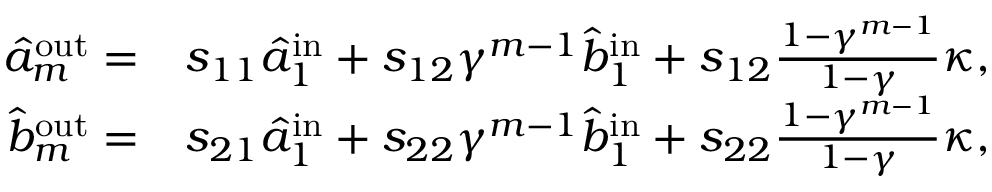
\begin{array} { r l } { \hat { a } _ { m } ^ { \mathrm { { o u t } } } = } & { { } s _ { 1 1 } \hat { a } _ { 1 } ^ { \mathrm { { i n } } } + s _ { 1 2 } \gamma ^ { m - 1 } \hat { b } _ { 1 } ^ { \mathrm { { i n } } } + s _ { 1 2 } \frac { 1 - \gamma ^ { m - 1 } } { 1 - \gamma } \kappa , } \\ { \hat { b } _ { m } ^ { \mathrm { { o u t } } } = } & { { } s _ { 2 1 } \hat { a } _ { 1 } ^ { \mathrm { { i n } } } + s _ { 2 2 } \gamma ^ { m - 1 } \hat { b } _ { 1 } ^ { \mathrm { { i n } } } + s _ { 2 2 } \frac { 1 - \gamma ^ { m - 1 } } { 1 - \gamma } \kappa , } \end{array}